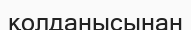
қолданысынан